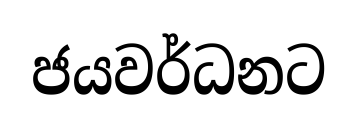
ජයවර්ධනට